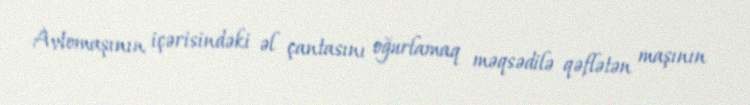
Avtomaşının içərisindəki əl çantasını oğurlamaq məqsədilə qəflətən maşının